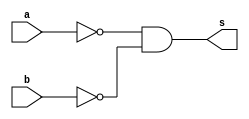
// ----------------------------------------------------------------------------
/**
 Exemplo_0501 - GATES
 Nome: Gabriel Vargas Bento de Souza
 Matricula: 778023
 */
// ----------------------------------------------------------------------------
/*
 f5_gate (~a & ~b) -> ~(a+b)       // De Morgan
 m a b s
 0 0 0 1
 1 0 1 0
 2 1 0 0
 3 1 1 0
*/
// ----------------------------------------------------------------------------
module f5a (output s,
            input  a,
            input  b);

 // definir dado local
    wire not_a, not_b, aORb;

 // descrever por portas
    nand NAND1 (not_a, a, a);
    nand NAND2 (not_b, b, b);
    nand NAND3 (aORb, not_a, not_b);
    nand NAND4 (s, aORb, aORb);
endmodule // f5a
// ----------------------------------------------------------------------------
/*
 f5_gate (~a & ~b)
 m a b s
 0 0 0 1
 1 0 1 0
 2 1 0 0
 3 1 1 0
*/
// ----------------------------------------------------------------------------
module f5b (output s,
            input  a,
            input  b);

 // descrever por expressao
    assign s = ~a & ~b;
endmodule // f5b

module test_f5;
// -------------------------------------------------------------- definir dados
    reg x; reg y;
    wire a, b;

    f5a moduloA (a, x, y);
    f5b moduloB (b, x, y);
// ------------------------------------------------------------ parte principal
initial
 begin : main
   $display("Exemplo_0501 - Gabriel Vargas Bento de Souza - 778023");
   $display("Test module  - (~a & ~b)");
   $display(" x  y  a  b");
 
   // projetar testes do modulo
   $monitor("%2b %2b %2b %2b", x, y, a, b);
      x = 1'b0; y = 1'b0;
   #1 x = 1'b0; y = 1'b1;
   #1 x = 1'b1; y = 1'b0;
   #1 x = 1'b1; y = 1'b1;
 end
endmodule // test_f5

// --------------------------------------------------------------------- testes
/*
C:\Users\Gabriel\Desktop\CC-PUC\2Periodo\ARQ1\Tarefas\Guia05>vvp Exemplo_0501.vvp
Exemplo_0501 - Gabriel Vargas Bento de Souza - 778023
Test module  - (~a & ~b)
 x  y  a  b
 0  0  1  1
 0  1  0  0
 1  0  0  0
 1  1  0  0
*/